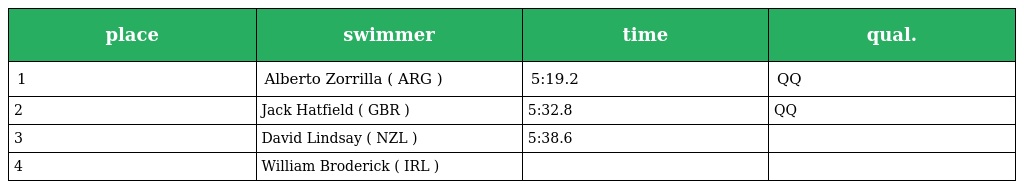
| place | swimmer | time | qual. |
 | --- | --- | --- | --- |
 | 1 | Alberto Zorrilla ( ARG ) | 5:19.2 | QQ |
 | 2 | Jack Hatfield ( GBR ) | 5:32.8 | QQ |
 | 3 | David Lindsay ( NZL ) | 5:38.6 |  |
 | 4 | William Broderick ( IRL ) |  |  |